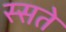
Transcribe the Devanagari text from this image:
स्सते